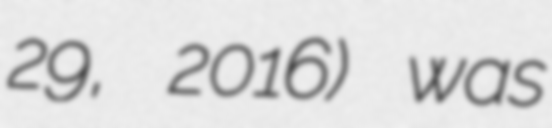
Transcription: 29, 2016) was